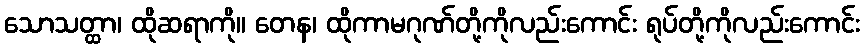
သောသတ္ထာ၊ ထိုဆရာကို။ တေန၊ ထိုကာမဂုဏ်တို့ကိုလည်းကောင်း ရုပ်တို့ကိုလည်းကောင်း